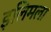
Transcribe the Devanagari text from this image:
इलिमला